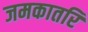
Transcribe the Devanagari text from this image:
जमकातरि